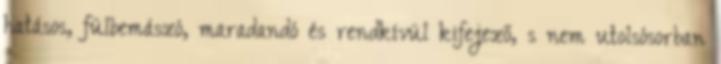
hatásos, fülbemászó, maradandó és rendkívül kifejező, s nem utolsósorban